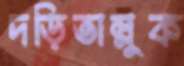
দড়িতাল্লুক